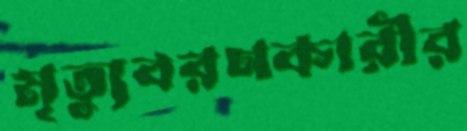
মৃত্যুবরণকারীর